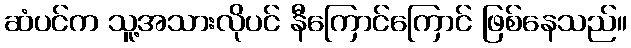
ဆံပင်က သူ့အသားလိုပင် နီကြောင်ကြောင် ဖြစ်နေသည်။